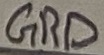
Text: GRD